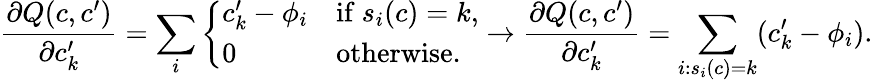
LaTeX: \frac{\partial Q(c,c^{\prime})}{\partial c_{k}^{\prime}}=\sum_{i}\left\{ \begin{array}{ll}{c_{k}^{\prime}-\phi_{i}}&{\mathrm{if~}s_{i}(c)=k,}\\ {0}&{\mathrm{otherwise.}}\end{array}\right.\rightarrow\frac{\partial Q(c,c^{\prime})}{\partial c_{k}^{\prime}}=\sum_{i:s_{i}(c)=k}(c_{k}^{\prime}-\phi_{i}).